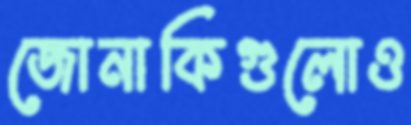
জোনাকিগুলোও